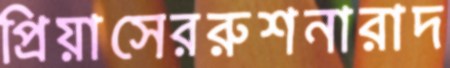
প্রিয়াসেররুশনারাদ